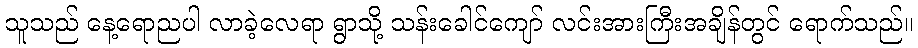
သူသည် နေ့ရောညပါ လာခဲ့လေရာ ရွာသို့ သန်းခေါင်ကျော် လင်းအားကြီးအချိန်တွင် ရောက်သည်။